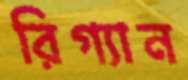
রিগ্যান